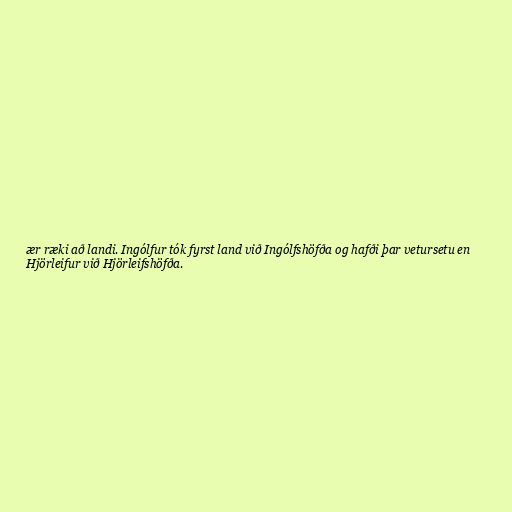
ær ræki að landi. Ingólfur tók fyrst land við Ingólfshöfða og hafði þar vetursetu en
Hjörleifur við Hjörleifshöfða.